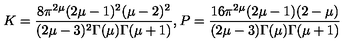
K = \frac { 8 \pi ^ { 2 \mu } ( 2 \mu - 1 ) ^ { 2 } ( \mu - 2 ) ^ { 2 } } { ( 2 \mu - 3 ) ^ { 2 } \Gamma ( \mu ) \Gamma ( \mu + 1 ) } , P = \frac { 1 6 \pi ^ { 2 \mu } ( 2 \mu - 1 ) ( 2 - \mu ) } { ( 2 \mu - 3 ) \Gamma ( \mu ) \Gamma ( \mu + 1 ) }